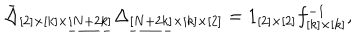
LaTeX: \bar { \Delta } _ { [ 2 ] \times [ k ] \times \underline { { { [ N + 2 k ] } } } } \Delta _ { \underline { { { [ N + 2 k ] } } } \times [ k ] \times [ 2 ] } = 1 _ { [ 2 ] \times [ 2 ] } f _ { [ k ] \times [ k ] } ^ { - 1 } ,